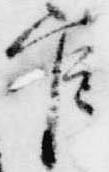
官